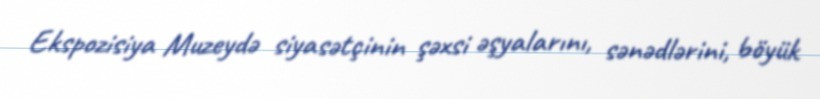
Ekspozisiya Muzeydə siyasətçinin şəxsi əşyalarını, sənədlərini, böyük